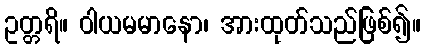
ဥတ္တရိ။ ဝါယမမာနော၊ အားထုတ်သည်ဖြစ်၍။